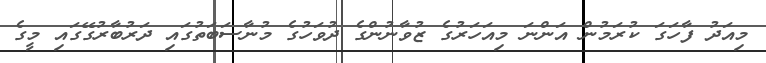
މިއަދު ފާހަގަ ކުރަމުން އަންނަ މިއަހަރުގެ ޒުވާނުންގެ ދުވަހުގެ މުނާސަބަތުގައި ދަރުބާރުގޭގައި މީގެ